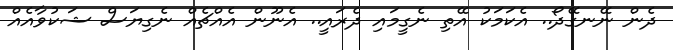
ދެން ނޭނގޭދޯ.. އެކަމަކު އޭތި ނެގީމައި ދެރައީ.. އެނޫން އެއްޗެއް ނެގިޔަސް ޝަކުވާއެއް